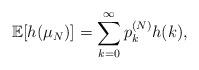
LaTeX: \begin{align*}\mathbb{E}[ h(\mu_{N}) ] = \sum_{k=0}^{\infty} p_{k}^{(N)} h(k), \end{align*}